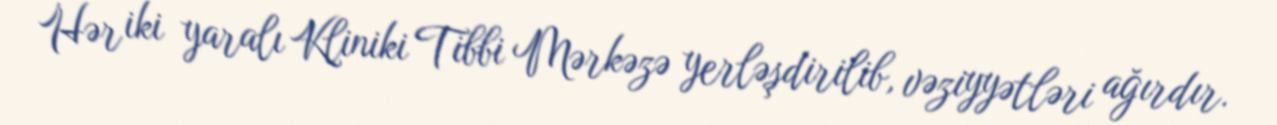
Hər iki yaralı Kliniki Tibbi Mərkəzə yerləşdirilib, vəziyyətləri ağırdır.